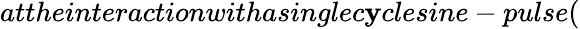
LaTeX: attheinteractionwithasinglec\mathbf{y}clesine-pulse(